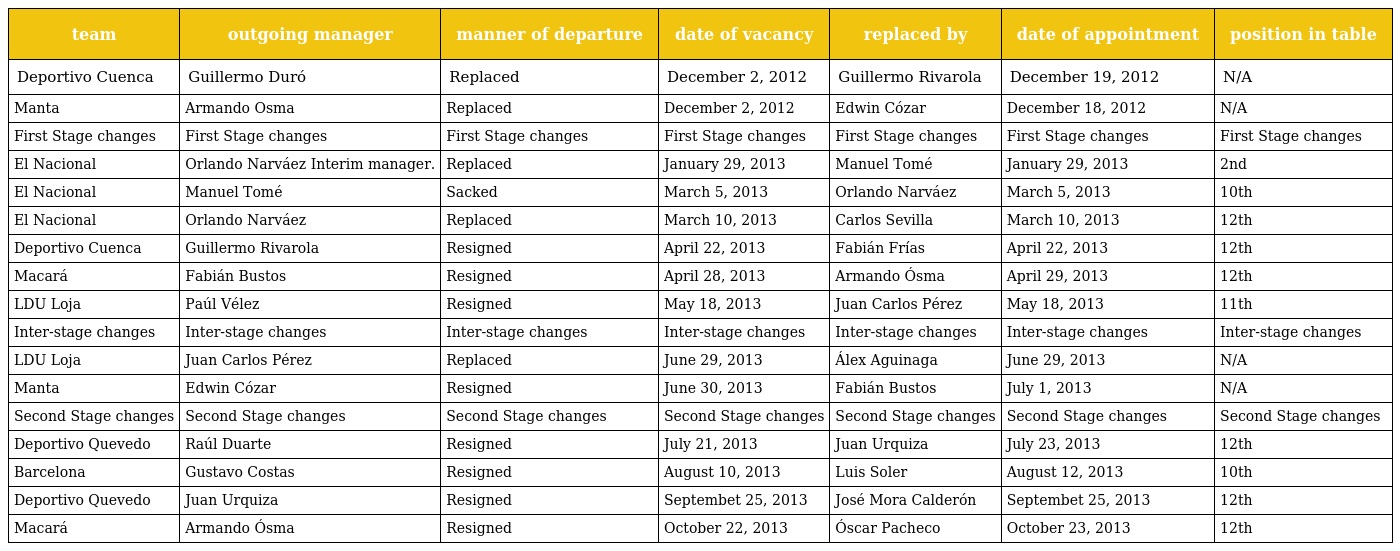
| team | outgoing manager | manner of departure | date of vacancy | replaced by | date of appointment | position in table |
 | --- | --- | --- | --- | --- | --- | --- |
 | Deportivo Cuenca | Guillermo Duró | Replaced | December 2, 2012 | Guillermo Rivarola | December 19, 2012 | N/A |
 | Manta | Armando Osma | Replaced | December 2, 2012 | Edwin Cózar | December 18, 2012 | N/A |
 | First Stage changes | First Stage changes | First Stage changes | First Stage changes | First Stage changes | First Stage changes | First Stage changes |
 | El Nacional | Orlando Narváez Interim manager. | Replaced | January 29, 2013 | Manuel Tomé | January 29, 2013 | 2nd |
 | El Nacional | Manuel Tomé | Sacked | March 5, 2013 | Orlando Narváez | March 5, 2013 | 10th |
 | El Nacional | Orlando Narváez | Replaced | March 10, 2013 | Carlos Sevilla | March 10, 2013 | 12th |
 | Deportivo Cuenca | Guillermo Rivarola | Resigned | April 22, 2013 | Fabián Frías | April 22, 2013 | 12th |
 | Macará | Fabián Bustos | Resigned | April 28, 2013 | Armando Ósma | April 29, 2013 | 12th |
 | LDU Loja | Paúl Vélez | Resigned | May 18, 2013 | Juan Carlos Pérez | May 18, 2013 | 11th |
 | Inter-stage changes | Inter-stage changes | Inter-stage changes | Inter-stage changes | Inter-stage changes | Inter-stage changes | Inter-stage changes |
 | LDU Loja | Juan Carlos Pérez | Replaced | June 29, 2013 | Álex Aguinaga | June 29, 2013 | N/A |
 | Manta | Edwin Cózar | Resigned | June 30, 2013 | Fabián Bustos | July 1, 2013 | N/A |
 | Second Stage changes | Second Stage changes | Second Stage changes | Second Stage changes | Second Stage changes | Second Stage changes | Second Stage changes |
 | Deportivo Quevedo | Raúl Duarte | Resigned | July 21, 2013 | Juan Urquiza | July 23, 2013 | 12th |
 | Barcelona | Gustavo Costas | Resigned | August 10, 2013 | Luis Soler | August 12, 2013 | 10th |
 | Deportivo Quevedo | Juan Urquiza | Resigned | Septembet 25, 2013 | José Mora Calderón | Septembet 25, 2013 | 12th |
 | Macará | Armando Ósma | Resigned | October 22, 2013 | Óscar Pacheco | October 23, 2013 | 12th |